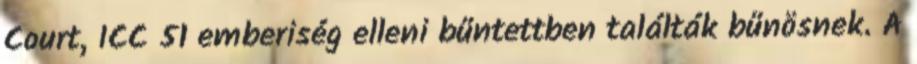
Court, ICC 51 emberiség elleni bűntettben találták bűnösnek. A